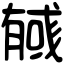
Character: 𢒰